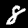
Label: 8